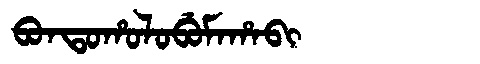
Manchu: ᠪᠣᠨᡨᠣᡥᠣᠯᠣᠪᡠᠮᠠᡥᠠᠪᡳ
Romanization: BONTOHOLOBUMAHABI